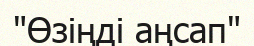
"Өзіңді аңсап"